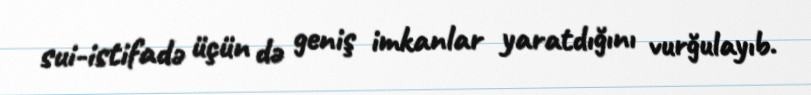
sui-istifadə üçün də geniş imkanlar yaratdığını vurğulayıb.